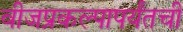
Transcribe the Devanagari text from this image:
वीजप्रकल्पापर्यंतची